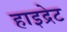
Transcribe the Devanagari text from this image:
हाइद्रेट